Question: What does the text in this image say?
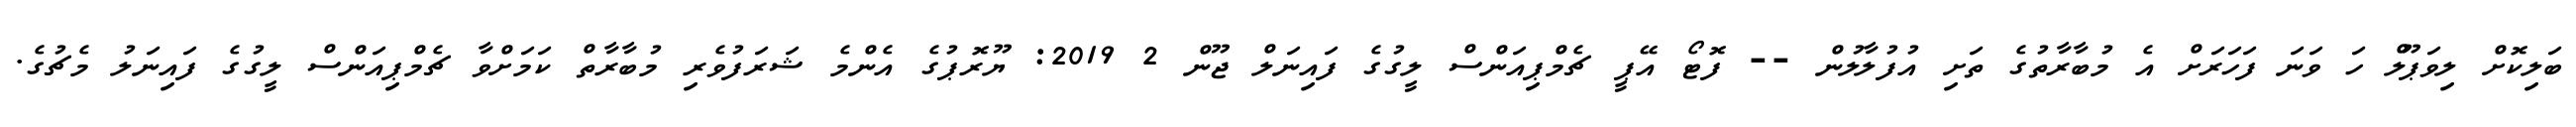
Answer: ބަލިކޮށް ލިވަޕޫލް ހަ ވަނަ ފަހަރަށް އެ މުބާރާތުގެ ތަށި އުފުލާލުން -- ފޮޓޯ އޭޕީ ޗެމްޕިއަންސް ލީގުގެ ފައިނަލް ޖޫން 2 2019: ޔޫރޮޕުގެ އެންމެ ޝަރަފުވެރި މުބާރާތް ކަމަށްވާ ޗެމްޕިއަންސް ލީގުގެ ފައިނަލު މެޗުގެ.